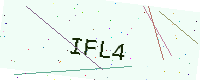
Text: IFL4